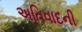
અતિવાદની